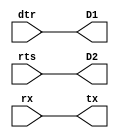
module echowire(input wire dtr,
                input wire rts,
                input wire rx,
                output wire tx,
                output wire D1,
                output wire D2);

assign D1 = dtr;
assign D2 = rts;

assign tx = rx;

endmodule